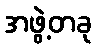
အဖွဲ့တခု